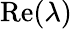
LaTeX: \mathrm{Re}(\lambda)